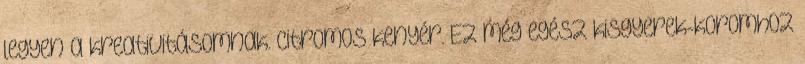
legyen a kreativitásomnak. Citromos kenyér. Ez még egész kisgyerek-koromhoz